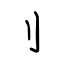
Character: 刂